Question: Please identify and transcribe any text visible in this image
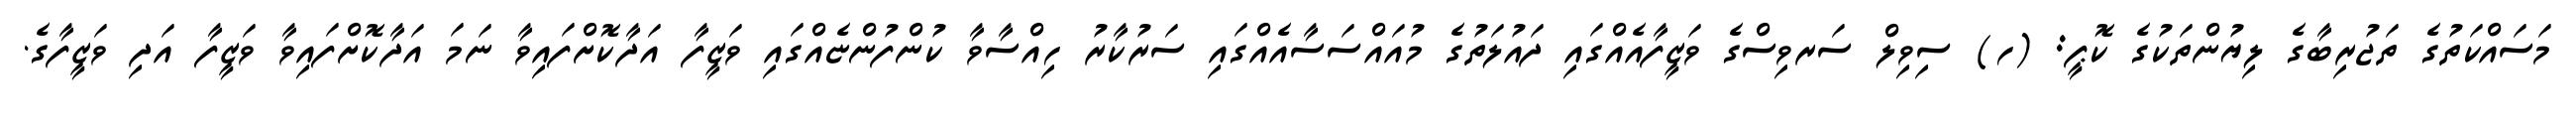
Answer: މަސައްކަތުގެ ތަޖުރިބާގެ ލިޔުންތަކުގެ ކޮޕީ: (ހ) ސިވިލް ސަރވިސްގެ ވަޒީފާއެއްގައި ދައުލަތުގެ މުއައްސަސާއެއްގައި ސަރުކާރު ހިއްސާވާ ކުންފުންޏެއްގައި ވަޒީފާ އަދާކޮށްފައިވާ ނަމަ އަދާކޮށްފައިވާ ވަޒީފާ އަދި ވަޒީފާގެ.